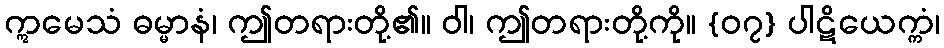
ဣမေသံ ဓမ္မာနံ၊ ဤတရားတို့၏။ ဝါ၊ ဤတရားတို့ကို။ {၀၇} ပါဋိယေက္ကံ၊